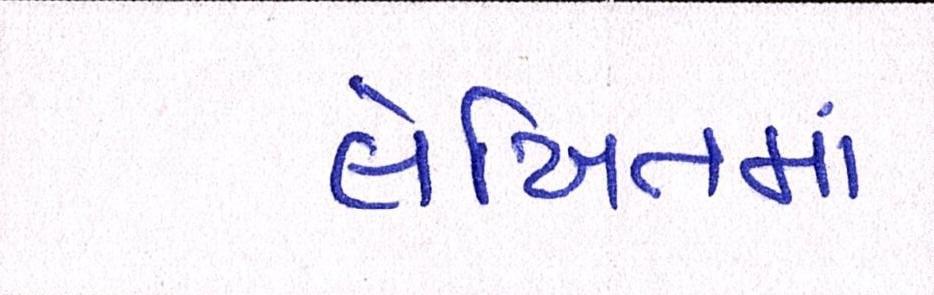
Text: લેખિતમાં